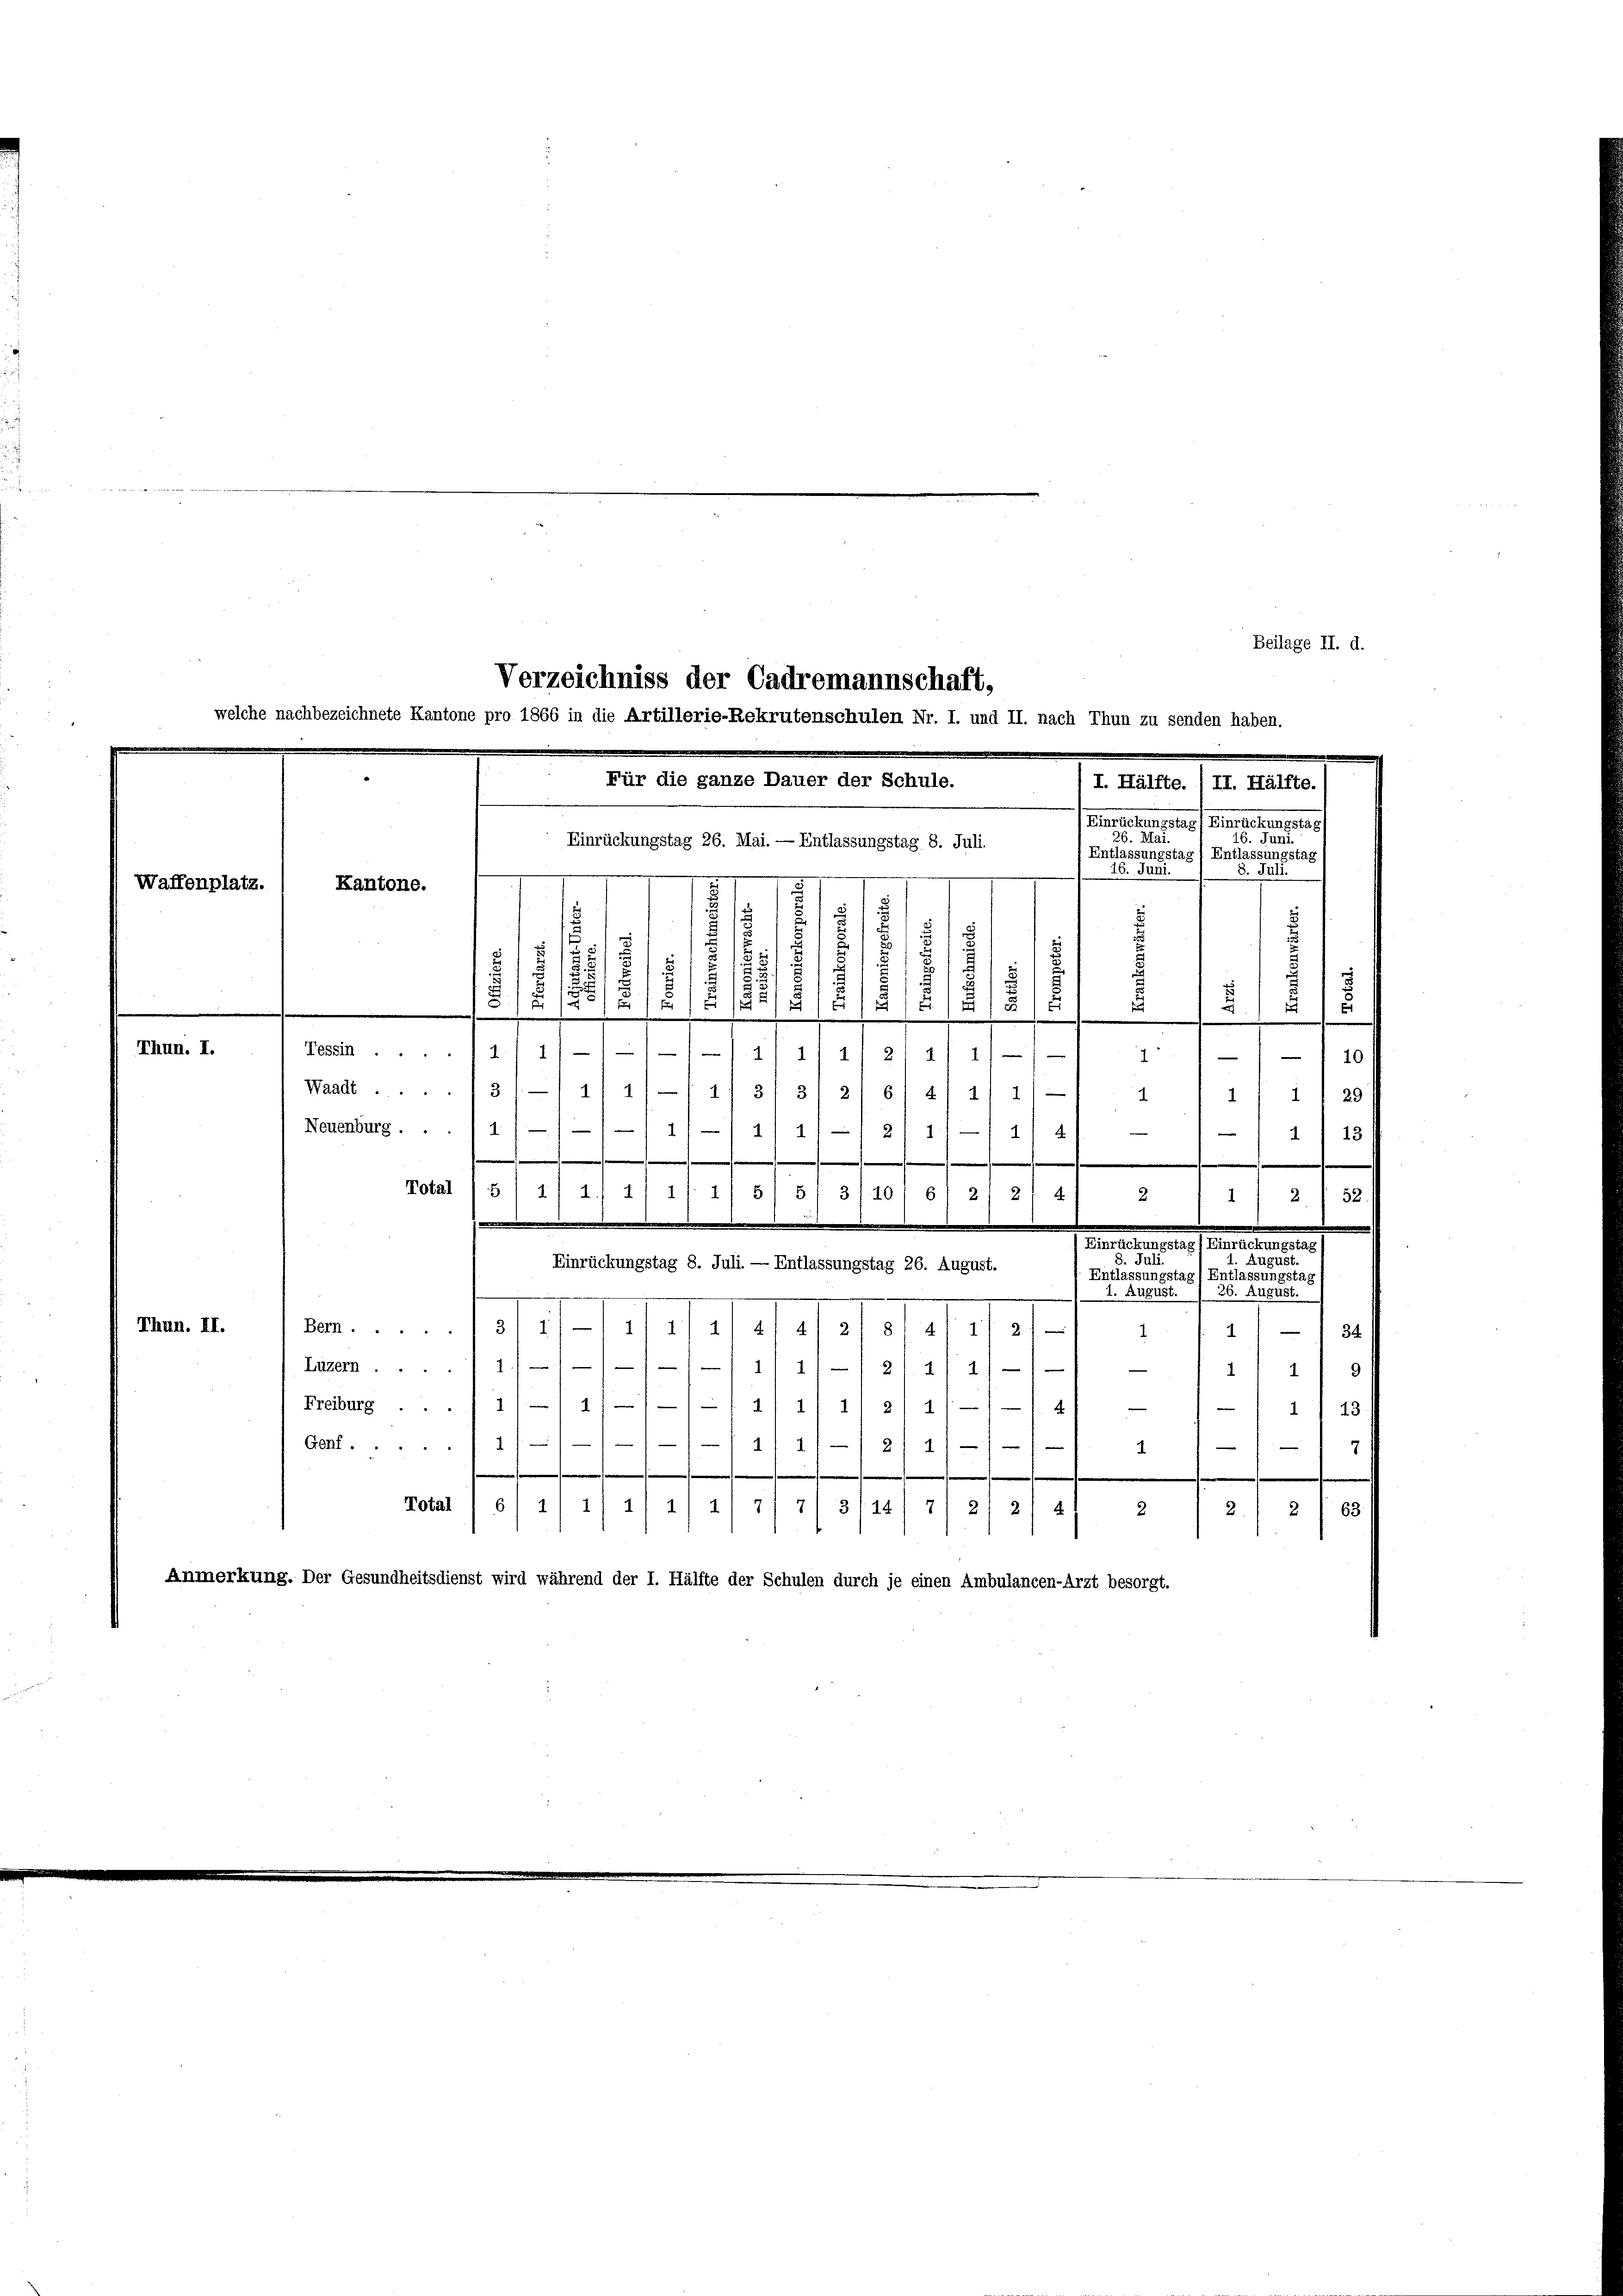
Waffenplatz.

Thun. II.

Thun. I.

Verzeichniss der Cadremannschaft,
selche nachbezeichnete Kantone pro 1866 in die Artillerie-Rekrutenschulen Nr. I. und II. nach Thun zu senden haben.
Für die ganze Dauer der Schule.
I. Hälfte. /II. Hälfte.1
Beamteten, praest. Kartementars
26. Mai.
16. Jan
Einrückungstag 26. Mai. — Entlassungstag 8. Juli.
f Entlassungstag / Entlassungstag
8. 411.
...
Kantone.
s
e
¬
.
.
.
.
u
.
.
d
 119
1
E
d
¬
)
.
5

Beilage II. d.

Fes.11/////4/11 4
24
I
10
7
Waadt ..... 3 1/ 411/11/ 3/ 3/ 2
4/4/1
6
2
29/
Neuenburg . . . 1 1/
11/1/ 111 21 1)-/ 1/4
113 f
e

.
Total /5 1 1/1 11 11 11 5/51 3/10, 6) 2
2
4
2 1 1/2 (52)
eclamieren einen
S. 341
.
Einrückungstag 8. Juli. — Entlassungstag 26. August.
Entlassungstag) Entlassungstag
3. August.
2. August.
.
Bern ...
latastete u. 121. Ja
Luzern 1/
1111/12/4/4/
4
Freiburg . . . 1// 4///-1 al 1 11 2) 11
4
1) 43.
/1 11 11/2
Genf

4
7
1
Total
514 1/4/4/4
71713/14
7) 2) 2) 4
263.
s
e
Anmerkung. Der Gesundheitsdienst wird während der I. Hälfte der Schulen durch je einen Ambulancen-Arzt besorgt.